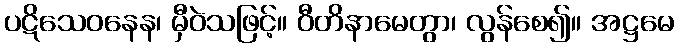
ပဋိသေဝနေန၊ မှီဝဲသဖြင့်။ ဝီတိနာမေတွာ၊ လွန်စေ၍။ အဋ္ဌမေ